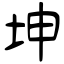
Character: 坤